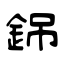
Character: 銱